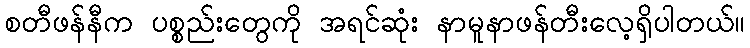
စတီဖန်နီက ပစ္စည်းတွေကို အရင်ဆုံး နာမူနာဖန်တီးလေ့ရှိပါတယ်။